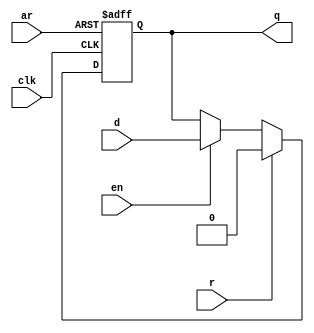
module dffarre #(parameter WIDTH = 1) (
    input clk,
    input ar,
    input r,
    input en,
    input [WIDTH-1:0] d,
    output reg [WIDTH-1:0] q
);

    always @(posedge clk or negedge ar)
        if (~ar)
            q <= {WIDTH{1'b0}};
        else if (r)
            q <= {WIDTH{1'b0}};
        else if (en)
            q <= d;
        else
            q <= q;

endmodule